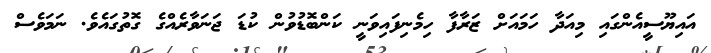
އައިޔޫސީއެންގައި މިއަދާ ހަމައަށް ޒަރާފާ ހިމެނިފައިވަނީ ކަންބޮޑުވުން ކުޑަ ޖަނަވާރެއްގެ ގޮތުގައެވެ. ނަމަވެސް